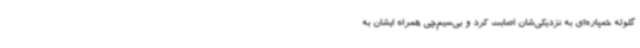
گلوله خمپاره‌ای به نزدیکی‌شان اصابت کرد و بی‌سیم‌چی همراه ایشان به